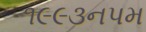
૧૯૯૩નપમ